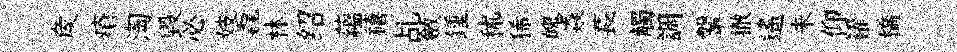
矦瘡淘毁必妓毳林绍蘊禧乩斂鍾秫狶魄猋萇觸調鞶撤遙未仰糴橋